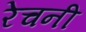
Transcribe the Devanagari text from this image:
रेचनी